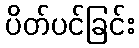
ပိတ်ပင်ခြင်း